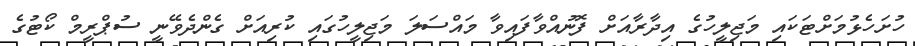
ހުށަހެޅުމަށްޓަކައި މަޖިލީހުގެ އިދާރާއަށް ފޮނުއްވާފައިވާ މައްސަލަ މަޖިލީހުގައި ކުރިއަށް ގެންދެވޭނީ ސުޕްރީމް ކޯޓުގެ